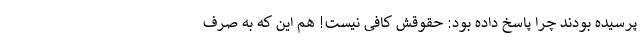
پرسیده بودند چرا پاسخ داده بود: حقوقش کافی نیست! هم این که به صرف